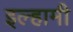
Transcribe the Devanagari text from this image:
इल्हामी